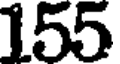
155